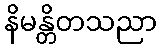
နိမန္တိတသညာ